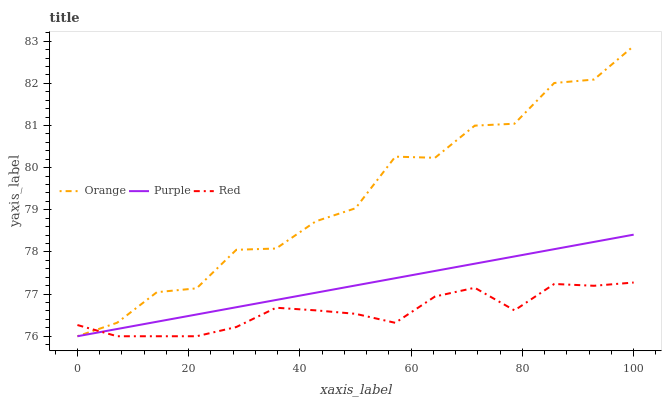
| xaxis_label | Orange | Purple | Red |
 | --- | --- | --- | --- |
 | 0 | 76 | 76 | 76.3 |
 | 7.14 | 76.3 | 76.2 | 76 |
 | 14.3 | 77 | 76.3 | 76 |
 | 21.4 | 77.1 | 76.5 | 76 |
 | 28.6 | 78.1 | 76.7 | 76.2 |
 | 35.7 | 78.1 | 76.9 | 76.7 |
 | 42.9 | 78.7 | 77 | 76.6 |
 | 50 | 79 | 77.2 | 76.5 |
 | 57.1 | 80.3 | 77.4 | 76.3 |
 | 64.3 | 80.2 | 77.5 | 76.9 |
 | 71.4 | 81 | 77.7 | 77.2 |
 | 78.6 | 81 | 77.9 | 76.6 |
 | 85.7 | 82 | 78.1 | 77.2 |
 | 92.9 | 82.1 | 78.2 | 77.2 |
 | 100 | 82.9 | 78.4 | 77.3 |